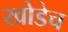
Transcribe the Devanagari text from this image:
खोडेच